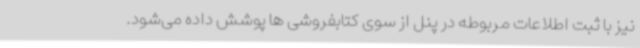
نیز با ثبت اطلاعات مربوطه در پنل از سوی کتابفروشی ها پوشش داده می‌شود.